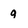
Character: q